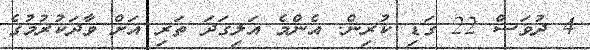
4 ދުވަސް 22 ގަޑި ކުރިން. އެންމެ އަލިގަދަ ތަރި އަށް ވާދަކުރުމުގެ